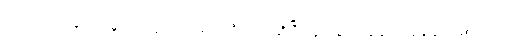
ဘုရားသခင်ပြုတော်မူသော ပူတူး အရေးကြီးသည်ဆိုပြီးလျှင် နဖား ဆောက်နေခြင်းဖြစ်ကြောင်း